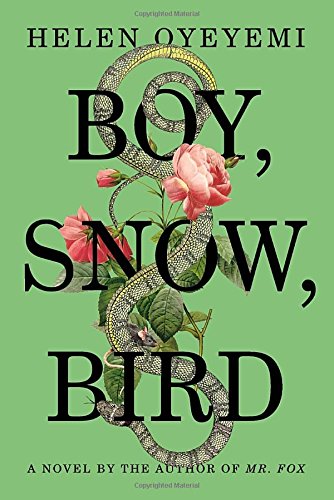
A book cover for Boy, Snow, Bird: A Novel; Helen Oyeyemi; Literature & Fiction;